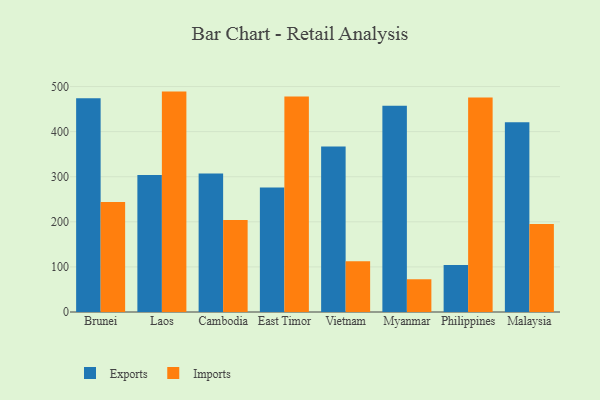
{"axis": {"x": "Country", "y": "Backlog"}, "legend": ["Exports", "Imports"], "data": [{"x": "Brunei", "y": 474.3, "type": "Exports"}, {"x": "Brunei", "y": 244.1, "type": "Imports"}, {"x": "Laos", "y": 304.0, "type": "Exports"}, {"x": "Laos", "y": 488.8, "type": "Imports"}, {"x": "Cambodia", "y": 307.1, "type": "Exports"}, {"x": "Cambodia", "y": 203.8, "type": "Imports"}, {"x": "East Timor", "y": 276.1, "type": "Exports"}, {"x": "East Timor", "y": 478.1, "type": "Imports"}, {"x": "Vietnam", "y": 367.3, "type": "Exports"}, {"x": "Vietnam", "y": 112.7, "type": "Imports"}, {"x": "Myanmar", "y": 457.3, "type": "Exports"}, {"x": "Myanmar", "y": 72.6, "type": "Imports"}, {"x": "Philippines", "y": 104.1, "type": "Exports"}, {"x": "Philippines", "y": 475.8, "type": "Imports"}, {"x": "Malaysia", "y": 420.8, "type": "Exports"}, {"x": "Malaysia", "y": 195.4, "type": "Imports"}]}